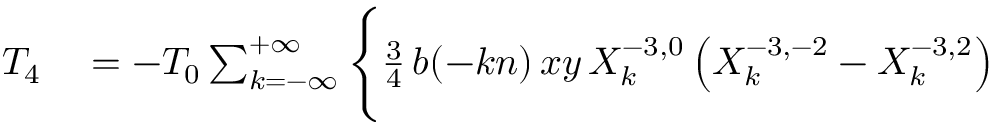
\begin{array} { r l } { T _ { 4 } } & { { } = - { \cal T } _ { 0 } \sum _ { k = - \infty } ^ { + \infty } \Bigg \{ \frac { 3 } { 4 } \, b ( - k n ) \, x y \, X _ { k } ^ { - 3 , 0 } \left( X _ { k } ^ { - 3 , - 2 } - X _ { k } ^ { - 3 , 2 } \right) } \end{array}